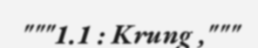
"""1.1 : Krung ,"""